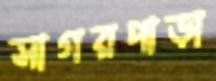
সাগরপাড়া